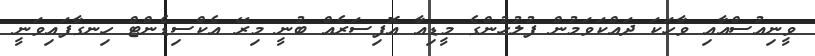
ވީނިއުސްއާއި ވާހަކަ ދައްކަވަމުން ފުލުހުންގެ މީޑިއާ އޮފިސަރެއް ބުނީ މިރޭ އެކްސިޑެންޓް ހިނގާފައިވަނީ